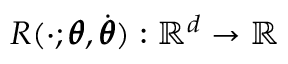
R ( \cdot ; \pmb \theta , \dot { \pmb \theta } ) : \mathbb R ^ { d } \to \mathbb R